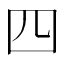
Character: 四